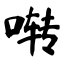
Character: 啭